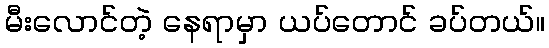
မီးလောင်တဲ့ နေရာမှာ ယပ်တောင် ခပ်တယ်။